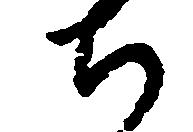
ち